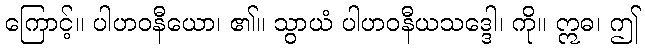
ကြောင့်။ ပါဟဝနီယော၊ ၏။ သွာယံ ပါဟဝနီယသဒ္ဒေါ၊ ကို။ ဣဓ၊ ဤ